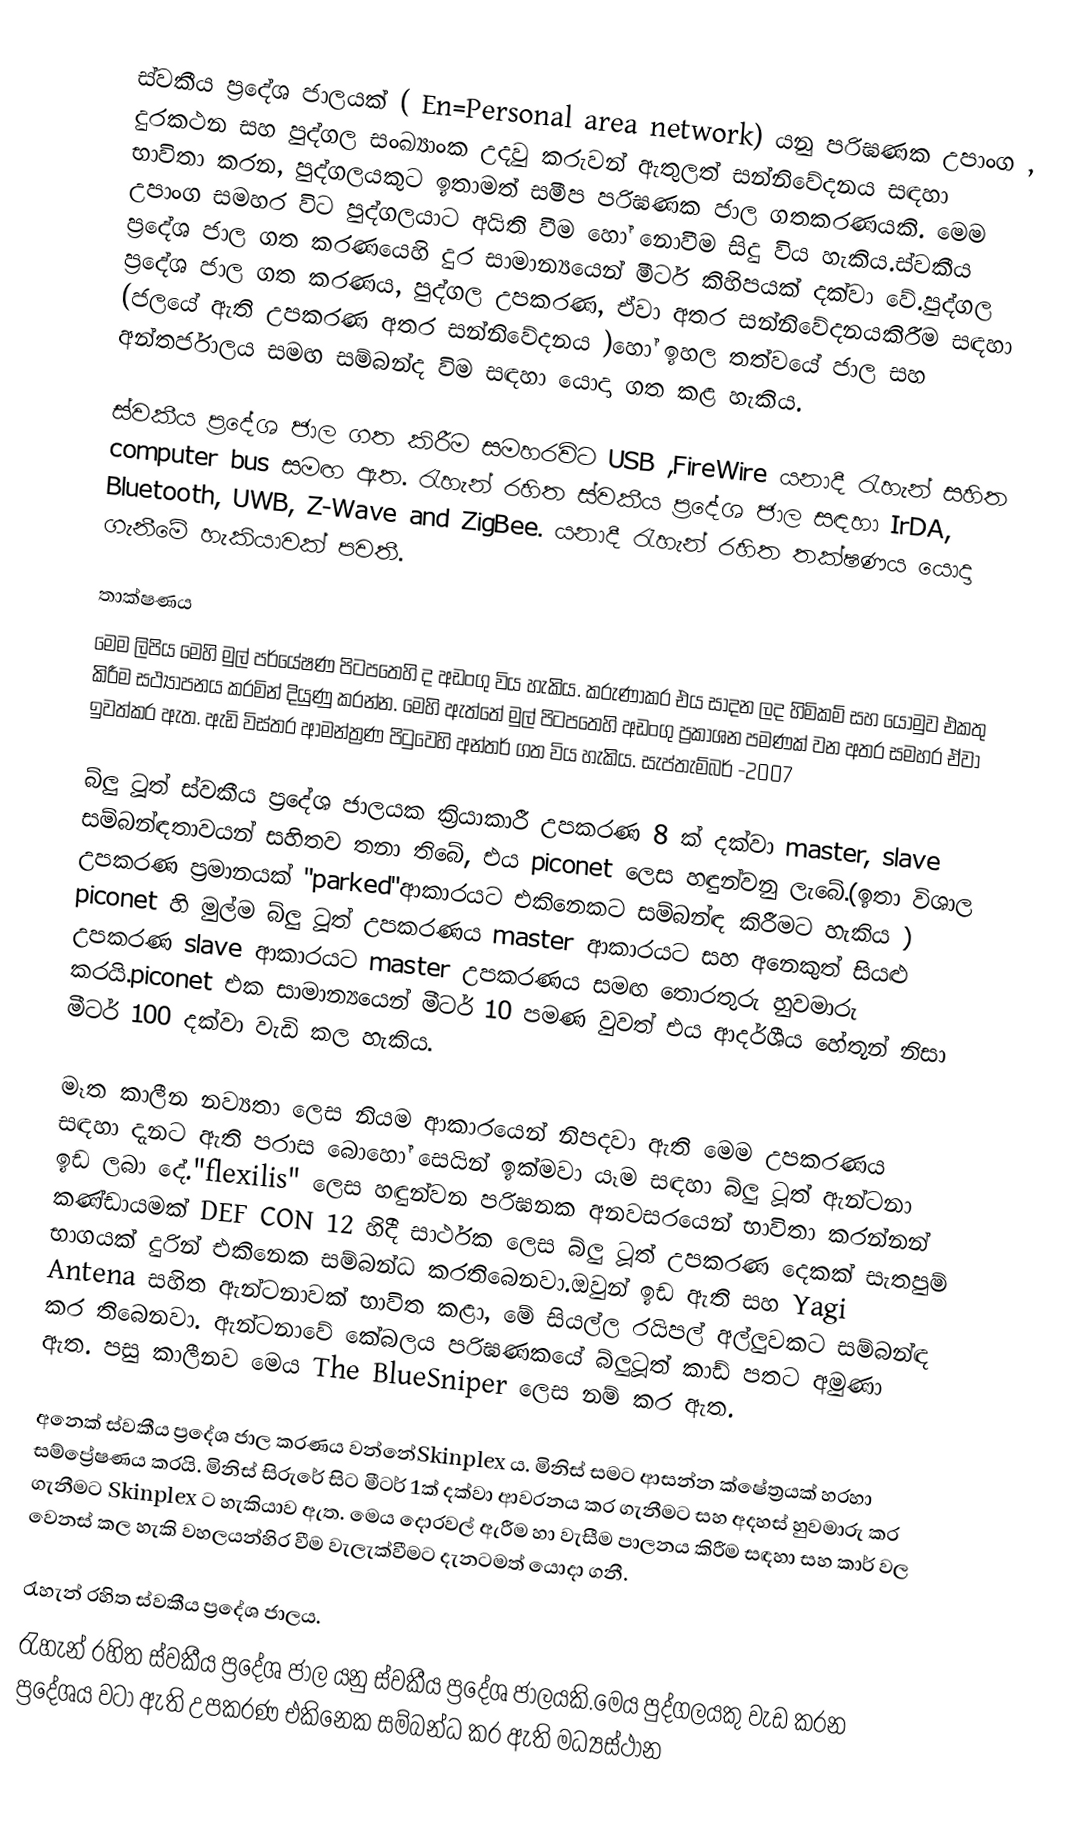
ස්වකීය ප්‍රදේශ ජාලයක් ( En=Personal area network) යනු පරිඝණක උපාංග , දුරකථන සහ පුද්ගල සංඛ්‍යාංක උදවු කරුවන් ඇතුලත් සන්නිවේදනය සඳහා භාවිතා කරන, පුද්ගලයකුට ඉතාමත් සමීප පරිඝණක ජාල ගතකරණයකි. මෙම උපාංග සමහර විට පුද්ගලයාට අයිති වීම හෝ නොවීම සිදු විය හැකිය.ස්වකීය ප්‍රදේශ ජාල ගත කරණයෙහි දුර සාමාන්‍යයෙන් මීටර් කිහිපයක් දක්වා වේ.පුද්ගල ප්‍රදේශ ජාල ගත කරණය, පුද්ගල උපකරණ, ඒවා අතර සන්නිවේදනයකිරීම සඳහා (ජලයේ ඇති උපකරණ අතර සන්නිවේදනය )හෝ ඉහල තත්වයේ ජාල සහ අන්තර්ජාලය සමඟ සම්බන්ද විම සඳහා යොදා ගත කළ හැකිය.

ස්වකීය ප්‍රදේශ ජාල ගත කිරීම සමහරවිට USB ,FireWire යනාදී රැහැන් සහිත computer bus සමඟ ඇත. රැහැන් රහිත ස්වකීය ප්‍රදේශ ජාල සඳහා IrDA, Bluetooth, UWB, Z-Wave and ZigBee. යනාදී රැහැන් රහිත තක්ෂණය යොදා ගැනීමේ හැකියාවක් පවතී.

තාක්ෂණය
මෙම ලිපිය මෙහි මුල් පර්යේෂණ පිටපතෙහි ද අඩංගු විය හැකිය. කරුණාකර එය සාදන ලද හිමිකම් සහ යොමුව එකතු කිරීම සථ්‍යාපනය කරමින් දියුණු කරන්න. මෙහි ඇත්තේ මුල් පිටපතෙහි අඩංගු ප්‍රකාශන පමණක් වන අතර සමහර ඒවා ඉවත්කර ඇත. ඇඩි විස්තර ආමන්ත්‍රණ පිටුවෙහි අන්තර් ගත විය හැකිය. සැප්තැම්බර් -2007

බ්ලු ටූත් ස්වකීය ප්‍රදේශ ජාලයක ක්‍රියාකාරී උපකරණ 8 ක් දක්වා master, slave සම්බන්ඳතාවයන් සහිතව තනා තිබේ, එය piconet ලෙස හඳුන්වනු ලැබේ.(ඉතා විශාල උපකරණ ප්‍රමානයක් "parked"ආකාරයට එකිනෙකට සම්බන්ඳ කිරීමට හැකිය ) piconet හි මුල්ම බ්ලු ටූත් උපකරණය master ආකාරයට සහ අනෙකුත් සියළු උපකරණ slave ආකාරයට master උපකරණය සමඟ තොරතුරු හුවමාරු කරයි.piconet එක සාමාන්‍යයෙන් මීටර් 10 පමණ වුවත් එය ආදර්ශීය හේතූන් නිසා මීටර් 100 දක්වා වැඩි කල හැකිය.

මෑත කාලීන නව්‍යතා ලෙස නියම ආකාරයෙන් නිපදවා ඇති මෙම උපකරණය සඳහා දැනට ඇති පරාස බොහෝ සෙයින් ඉක්මවා යෑම සඳහා බ්ලු ටූත් ඇන්ටනා ඉඩ ලබා දේ."flexilis" ලෙස හඳුන්වන පරිඝනක අනවසරයෙන් භාවිතා කරන්නන් කණ්ඩායමක් DEF CON 12 හිදී සාර්ථක ලෙස බ්ලු ටූත් උපකරණ දෙකක් සැතපුම් භාගයක් දුරින් එකිනෙක සම්බන්ධ කරතිබෙනවා.ඔවුන් ඉඩ ඇති සහ Yagi Antena සහිත ඇන්ටනාවක් භාවිත කළා, මේ සියල්ල රයිපල් අල්ලුවකට සම්බන්ඳ කර තිබෙනවා. ඇන්ටනාවේ කේබලය පරිඝණකයේ බ්ලුටූත් කාඩ් පතට අමුණා ඇත. පසු කාලීනව මෙය The BlueSniper ලෙස නම් කර ඇත.

අනෙක් ස්වකීය ප්‍රදේශ ජාල කරණය වන්නේSkinplex ය. මිනිස් සමට ආසන්න ක්ෂේත්‍රයක් හරහා සම්ප්‍රේෂණය කරයි. මිනිස් සිරුරේ සිට මීටර් 1ක් දක්වා ආවරනය කර ගැනීමට සහ අදහස් හුවමාරු කර ගැනීමට Skinplex ට හැකියාව ඇත. මෙය දොරවල් ඇරීම හා වැසීම පාලනය කිරීම සඳහා සහ කාර් වල වෙනස් කල හැකි වහලයන්හිර වීම වැලැක්වීමට දැනටමත් යොදා ගනී.

රැහැන් රහිත ස්වකීය ප්‍රදේශ ජාලය.
රැහැන් රහිත ස්වකීය ප්‍රදේශ ජාල යනු ස්වකීය ප්‍රදේශ ජාලයකි.මෙය පුද්ගලයකු වැඩ කරන ප්‍රදේශය වටා ඇති උපකරණ එකිනෙක සම්බන්ධ කර ඇති මධ්‍යස්ථාන